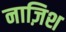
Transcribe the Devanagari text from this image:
नाज़िश